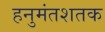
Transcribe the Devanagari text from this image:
हनुमंतशतक